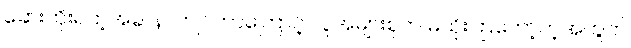
ဆေးထိုးရတဲ့အခါ နာကျင်တာကြောင့် လူအများစုက မထိုးကြတော့တဲ့အတွက်